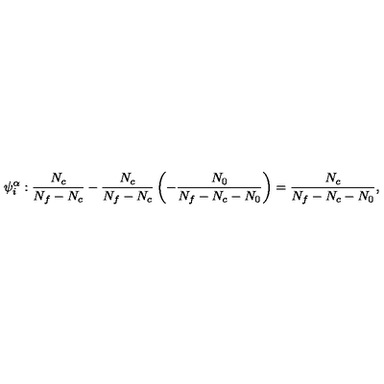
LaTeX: \psi _ { i } ^ { \alpha } : \frac { N _ { c } } { N _ { f } - N _ { c } } - \frac { N _ { c } } { N _ { f } - N _ { c } } \left( - \frac { N _ { 0 } } { N _ { f } - N _ { c } - N _ { 0 } } \right) = \frac { N _ { c } } { N _ { f } - N _ { c } - N _ { 0 } } ,